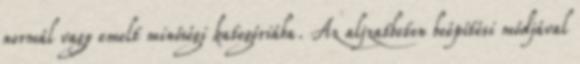
normál vagy emelt minőségi kategóriába. Az aljzatbeton beépítési módjával